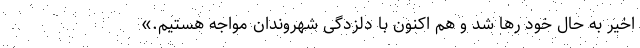
اخیر به حال خود رها شد و هم اکنون با دلزدگی شهروندان مواجه هستیم.»